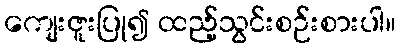
ကျေးဇူးပြု၍ ထည့်သွင်းစဉ်းစားပါ။